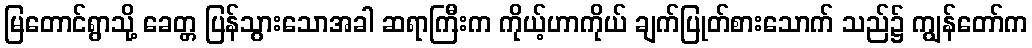
မြတောင်ရွာသို့ ခေတ္တ ပြန်သွားသောအခါ ဆရာကြီးက ကိုယ့်ဟာကိုယ် ချက်ပြုတ်စားသောက် သည်၌ ကျွန်တော်က